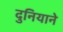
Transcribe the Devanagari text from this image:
दुनियाने